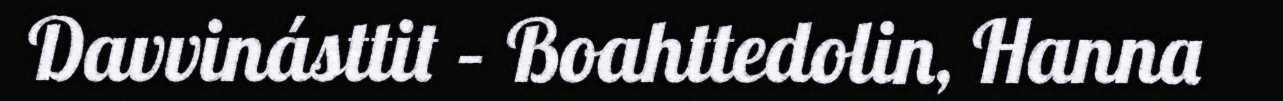
Davvinásttit – Boahttedolin, Hanna